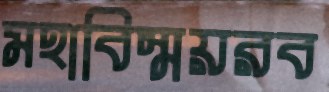
মহাবিস্ময়রব